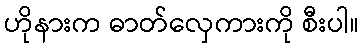
ဟိုနားက ဓာတ်လှေကားကို စီးပါ။